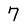
Character: 7